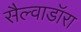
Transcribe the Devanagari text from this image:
सैल्वाडॉरा